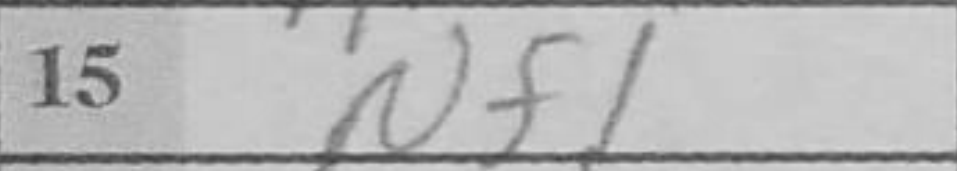
Transcription: Nf1